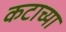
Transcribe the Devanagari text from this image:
कटाच्या